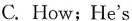
C. How;He's